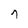
Character: 7